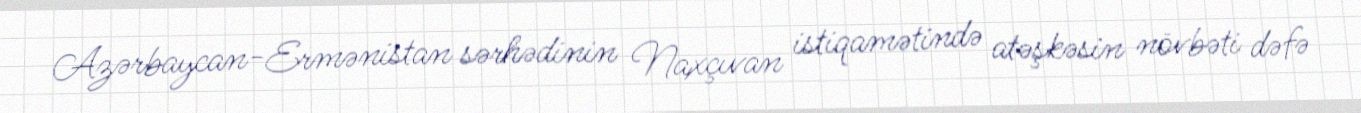
Azərbaycan-Ermənistan sərhədinin Naxçıvan istiqamətində atəşkəsin növbəti dəfə